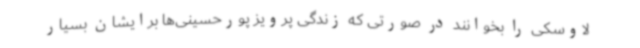
لاوسکی را بخوانند در صورتی که زندگی پرویز پورحسینی‌ها برایشان بسیار